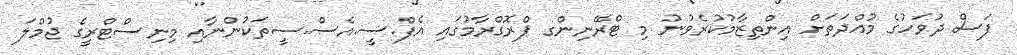
ފަސް ދުވަހުގެ މުއްދަތަށް އިންތިޒާމުކުރެވުނު މި ޓްރޭނިންގ ޕްރޮގްރާމުގައި އެފް.ސީ.އެސް.ސީތަކުންނާއި މިނިސްޓްރީގެ ޖުމްލަ